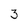
Character: 3